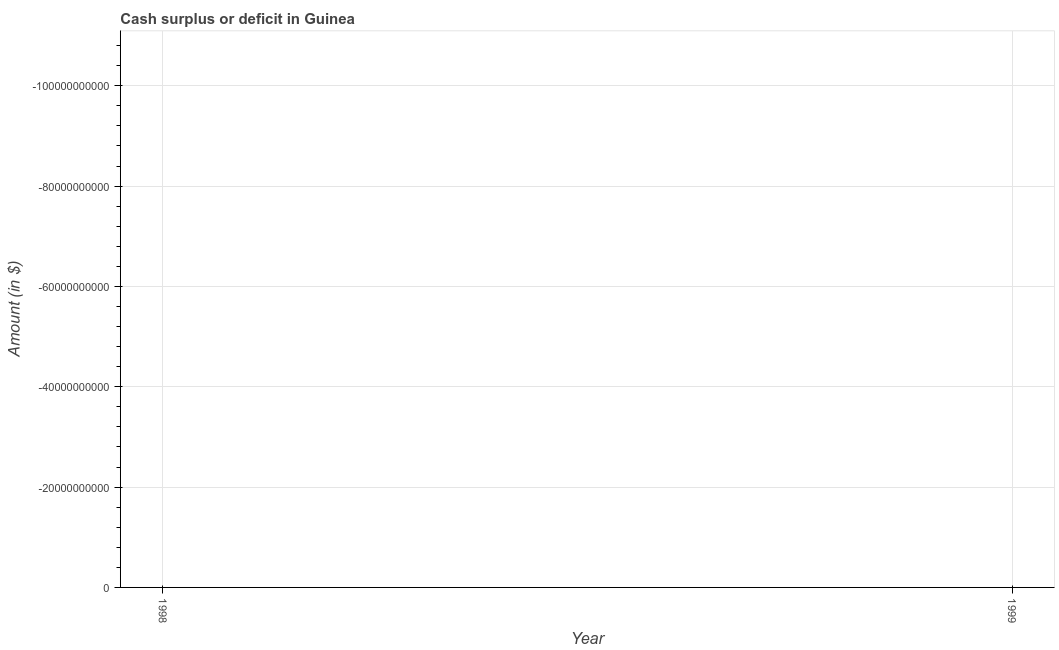
| Year | Cash surplus or deficit |
 | --- | --- |
 | 1998 | -1.89e+11 |
 | 1999 | -1.15e+11 |